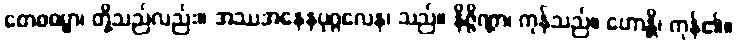
တေစဓမ္မာ၊ တို့သည်လည်း။ အဿအနေနပုဂ္ဂလေန၊ သည်။ နိဇ္ဇိဏ္ဏာ၊ ကုန်သည်။ ဟောန္တိ၊ ကုန်၏။